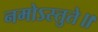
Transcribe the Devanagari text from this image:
नमोऽस्तुते॥